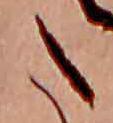
た